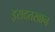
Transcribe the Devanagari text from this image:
इरादतखान